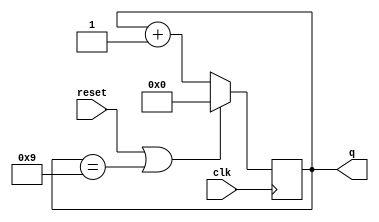
// Build a decade counter that counts from 0 through 9, inclusive, with a period of 10. The reset input is synchronous, and should reset the counter to 0.
module decade_counter (
    input clk,
    input reset,        // Synchronous active-high reset
    output reg [3:0] q);
    
    always @(posedge clk)begin
        if(reset || q==9)
            q <= 0;
        else
            q <= q + 1;
        
    end

endmodule